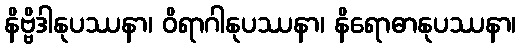
နိဗ္ဗိဒါနုပဿနာ၊ ဝိရာဂါနုပဿနာ၊ နိရောဓာနုပဿနာ၊